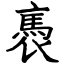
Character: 褭